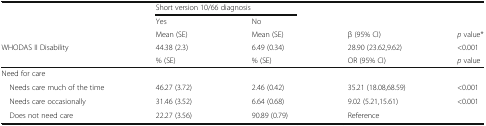
<table><thead><tr><td>[EMPTY_CELL]</td><td colspan="2"><b>Short version 10/66 diagnosis</b></td><td>[EMPTY_CELL]</td><td>[EMPTY_CELL]</td></tr><tr><td>[EMPTY_CELL]</td><td><b>Yes</b></td><td><b>No</b></td><td>[EMPTY_CELL]</td><td>[EMPTY_CELL]</td></tr><tr><td>[EMPTY_CELL]</td><td><b>Mean (SE)</b></td><td><b>Mean (SE)</b></td><td><b>β (95% CI)</b></td><td><b><i>p</i> value*</b></td></tr><tr><td><b>WHODAS II Disability</b></td><td><b>44.38 (2.3)</b></td><td><b>6.49 (0.34)</b></td><td><b>28.90 (23.62,9.62)</b></td><td><b>&lt;0.001</b></td></tr><tr><td>[EMPTY_CELL]</td><td><b>% (SE)</b></td><td><b>% (SE)</b></td><td><b>OR (95% CI)</b></td><td><b><i>p</i> value</b></td></tr></thead><tbody><tr><td colspan="5">Need for care</td></tr><tr><td> Needs care much of the time</td><td>46.27 (3.72)</td><td>2.46 (0.42)</td><td>35.21 (18.08,68.59)</td><td>&lt;0.001</td></tr><tr><td> Needs care occasionally</td><td>31.46 (3.52)</td><td>6.64 (0.68)</td><td>9.02 (5.21,15.61)</td><td>&lt;0.001</td></tr><tr><td> Does not need care</td><td>22.27 (3.56)</td><td>90.89 (0.79)</td><td>Reference</td><td>[EMPTY_CELL]</td></tr></tbody></table>